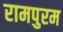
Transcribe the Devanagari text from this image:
रामपुरम